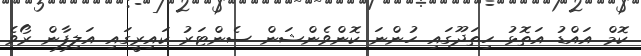
ކޮމް އައްޑު އަތޮޅު ހިތަދޫގައި ހުންނަ ކޮންވެންޝަން ސެންޓަރު ކައިރީގައި އަލިފާން ރޯވެ